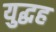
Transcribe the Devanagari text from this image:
युद्धह